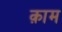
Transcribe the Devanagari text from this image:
क़ाम